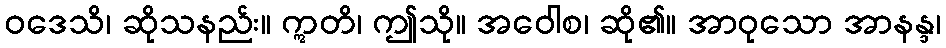
ဝဒေသိ၊ ဆိုသနည်း။ ဣတိ၊ ဤသို။ အဝေါစ၊ ဆို၏။ အာဝုသော အာနန္ဒ၊